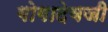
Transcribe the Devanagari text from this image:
गोगादेवजी